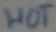
Text: HOT